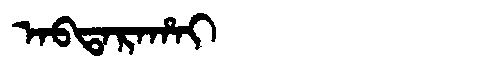
Manchu: ᠠᠪᡨᠠᡵᠠᡥᠠᡳ
Romanization: ABTARAHAI